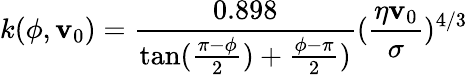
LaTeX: k(\phi,\mathbf{v}_{0})=\frac{{0.898}}{{\tan(\frac{{\pi-\phi}}{{2}})+\frac{{\phi-\pi}}{{2}})}}(\frac{{\eta\mathbf{v}_{0}}}{{\sigma}})^{4/3}